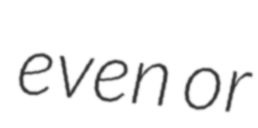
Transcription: even or